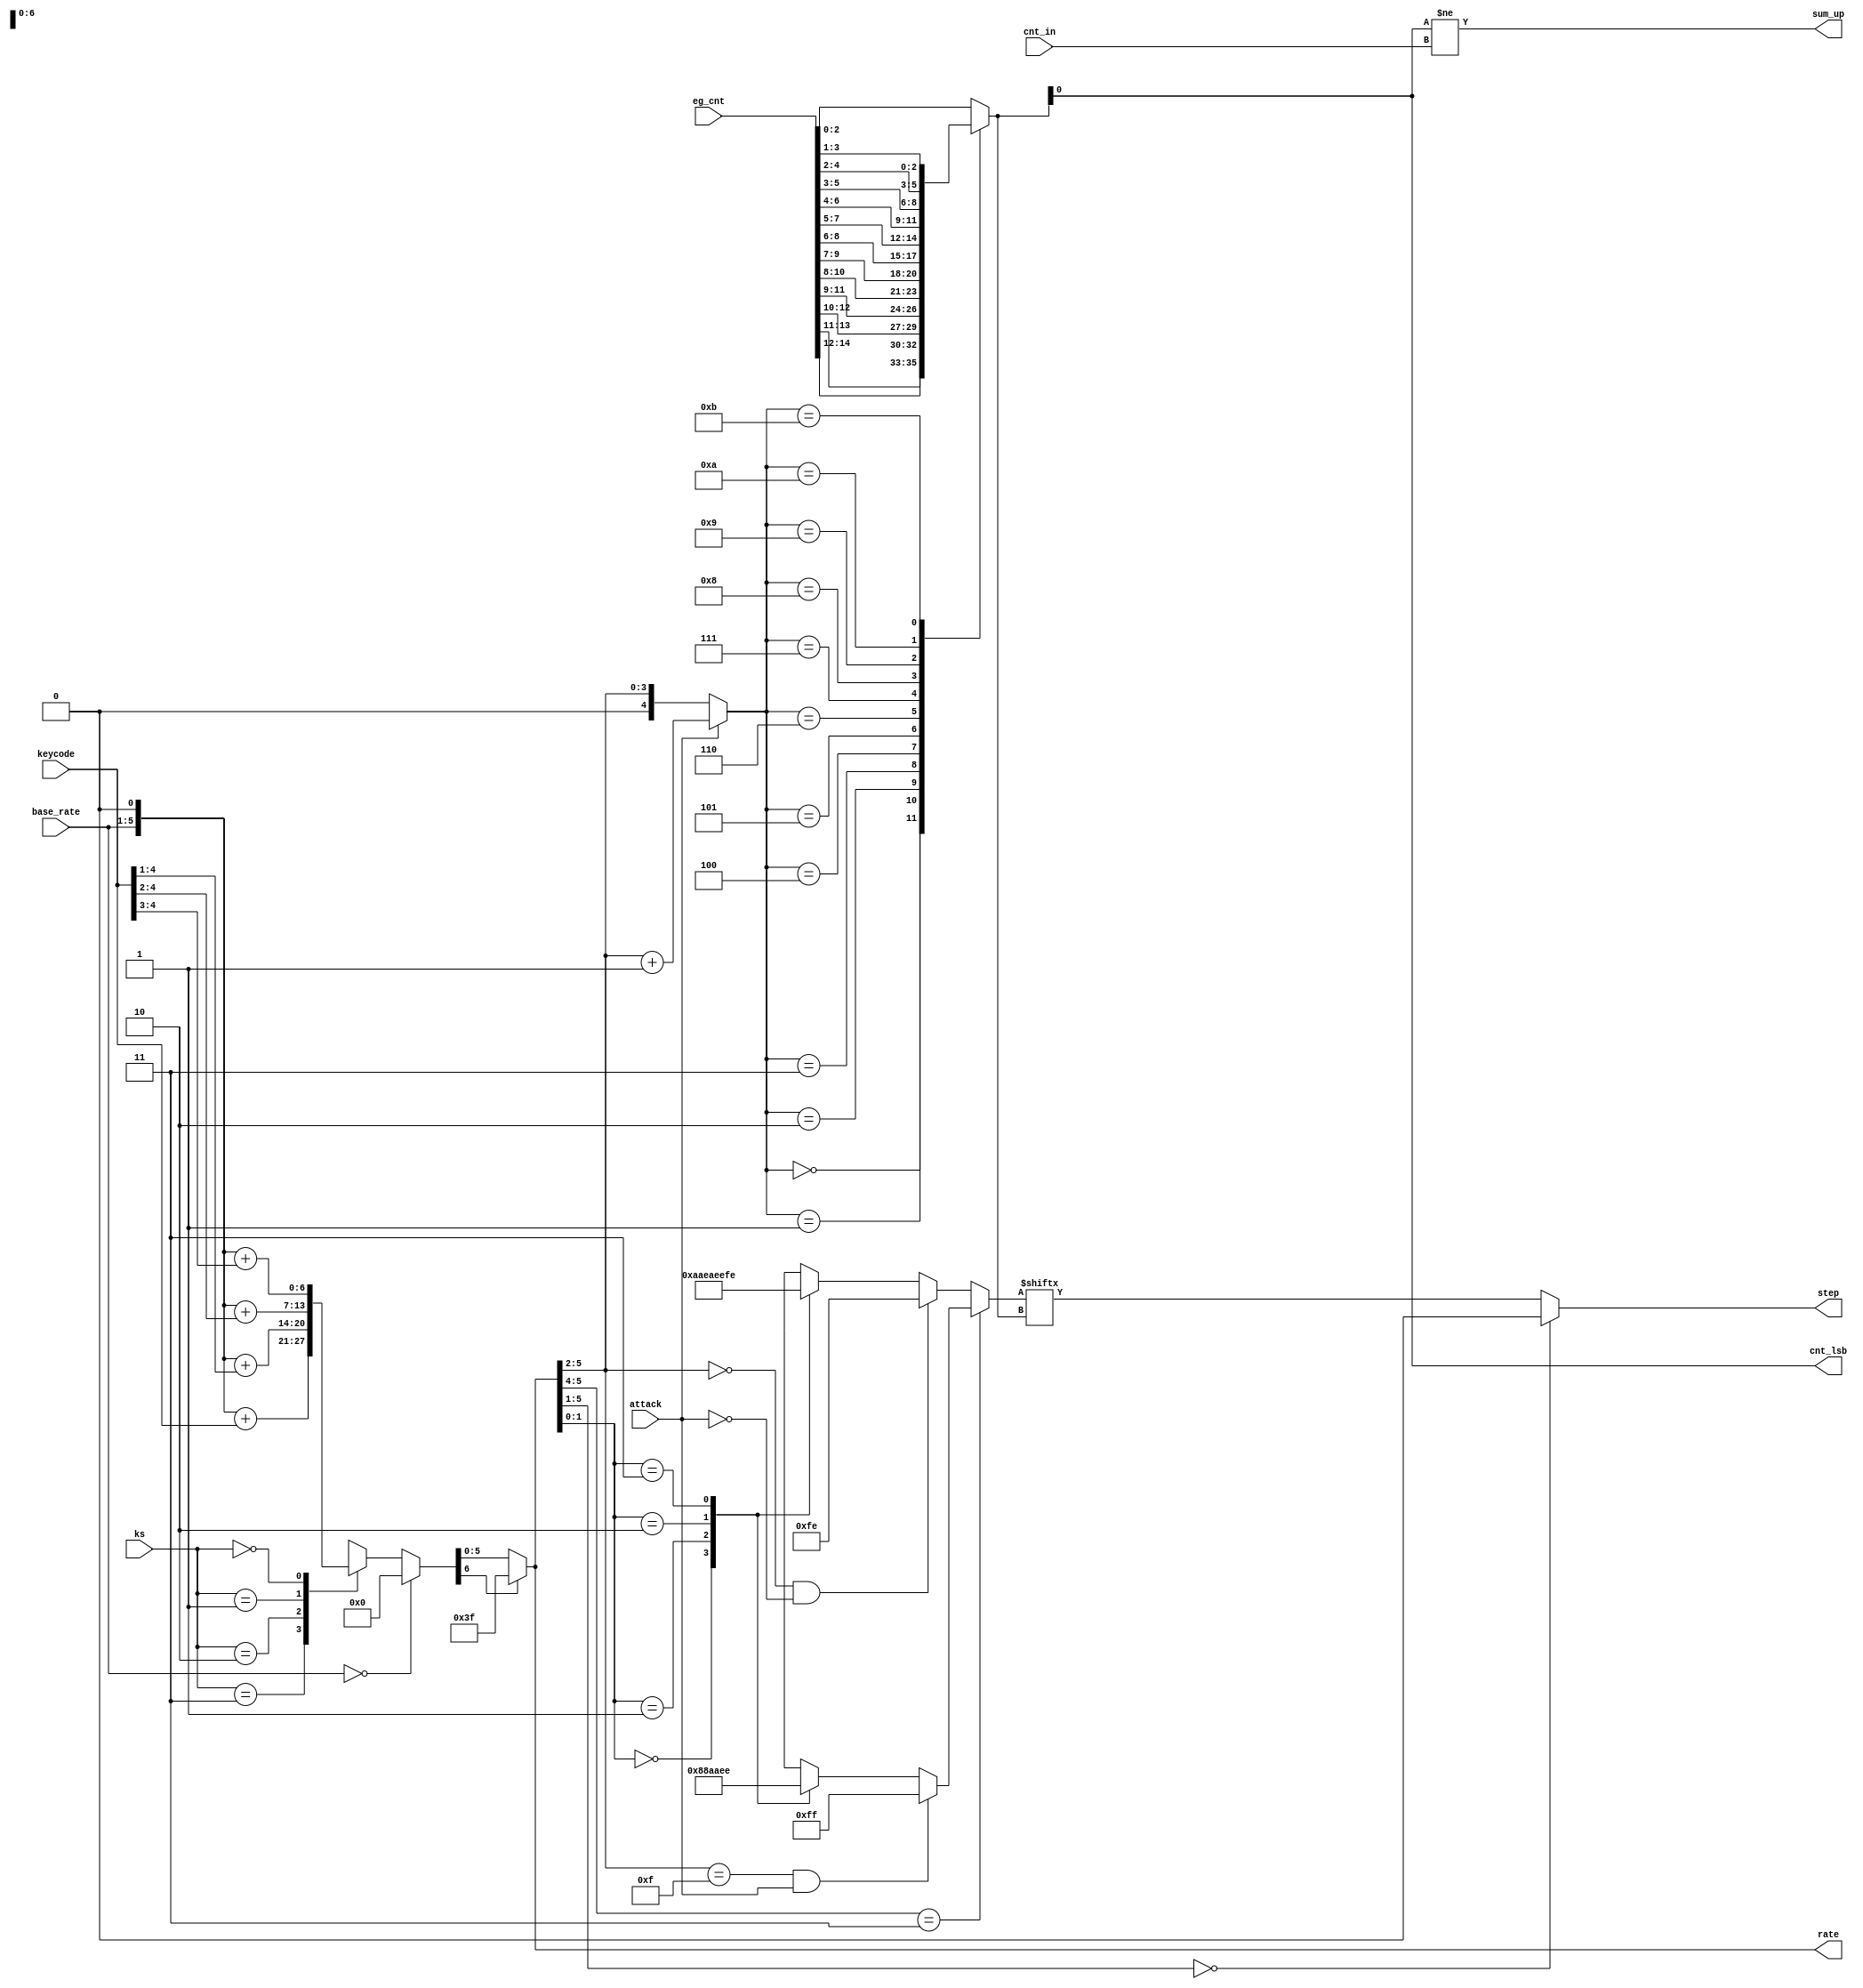
module jt12_eg_step(
    input           attack,
    input [ 4:0]    base_rate,
    input [ 4:0]    keycode,
    input [14:0]    eg_cnt,
    input           cnt_in,
    input [ 1:0]    ks,
    output          cnt_lsb,
    output       reg step,
    output reg [5:0] rate,
    output reg      sum_up
);
reg     [6:0]   pre_rate;
always @(*) begin : pre_rate_calc
    if( base_rate == 5'd0 )
        pre_rate = 7'd0;
    else
        case( ks )
            2'd3:   pre_rate = { base_rate, 1'b0 } + { 1'b0, keycode };
            2'd2:   pre_rate = { base_rate, 1'b0 } + { 2'b0, keycode[4:1] };
            2'd1:   pre_rate = { base_rate, 1'b0 } + { 3'b0, keycode[4:2] };
            2'd0:   pre_rate = { base_rate, 1'b0 } + { 4'b0, keycode[4:3] };
        endcase
end
always @(*)
    rate = pre_rate[6] ? 6'd63 : pre_rate[5:0];
reg [2:0] cnt;
reg [4:0] mux_sel;
always @(*) begin
    mux_sel = attack ? (rate[5:2]+4'd1): {1'b0,rate[5:2]};
end 
always @(*) 
    case( mux_sel )
        5'h0: cnt = eg_cnt[14:12];
        5'h1: cnt = eg_cnt[13:11];
        5'h2: cnt = eg_cnt[12:10];
        5'h3: cnt = eg_cnt[11: 9];
        5'h4: cnt = eg_cnt[10: 8];
        5'h5: cnt = eg_cnt[ 9: 7];
        5'h6: cnt = eg_cnt[ 8: 6];
        5'h7: cnt = eg_cnt[ 7: 5];
        5'h8: cnt = eg_cnt[ 6: 4];
        5'h9: cnt = eg_cnt[ 5: 3];
        5'ha: cnt = eg_cnt[ 4: 2];
        5'hb: cnt = eg_cnt[ 3: 1];
        default: cnt = eg_cnt[ 2: 0];
    endcase
reg [7:0] step_idx;
always @(*) begin : rate_step
    if( rate[5:4]==2'b11 ) begin 
        if( rate[5:2]==4'hf && attack)
            step_idx = 8'b11111111; 
        else
        case( rate[1:0] )
            2'd0: step_idx = 8'b00000000;
            2'd1: step_idx = 8'b10001000; 
            2'd2: step_idx = 8'b10101010; 
            2'd3: step_idx = 8'b11101110; 
        endcase
    end
    else begin
        if( rate[5:2]==4'd0 && !attack)
            step_idx = 8'b11111110; 
        else
        case( rate[1:0] )
            2'd0: step_idx = 8'b10101010; 
            2'd1: step_idx = 8'b11101010; 
            2'd2: step_idx = 8'b11101110; 
            2'd3: step_idx = 8'b11111110; 
        endcase
    end
    step = rate[5:1]==5'd0 ? 1'b0 : step_idx[ cnt ];
end
assign cnt_lsb = cnt[0];
always @(*) begin
    sum_up = cnt[0] != cnt_in;
end
endmodule